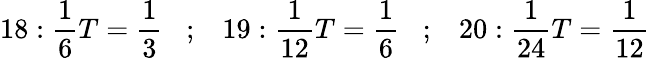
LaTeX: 18:{\frac{1}{6}}T={\frac{1}{3}}\; \; \; ;\; \; \; 19:{\frac{1}{12}}T={\frac{1}{6}}\; \; \; ;\; \; \; 20:{\frac{1}{24}}T={\frac{1}{12}}